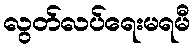
လွတ်လပ်ရေးမရမီ